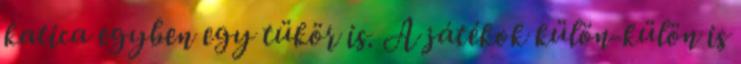
katica egyben egy tükör is. A játékok külön-külön is